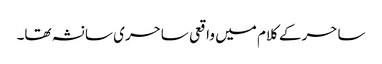
ساحر کے کلام میں واقعی ساحری سا نشہ تھا۔